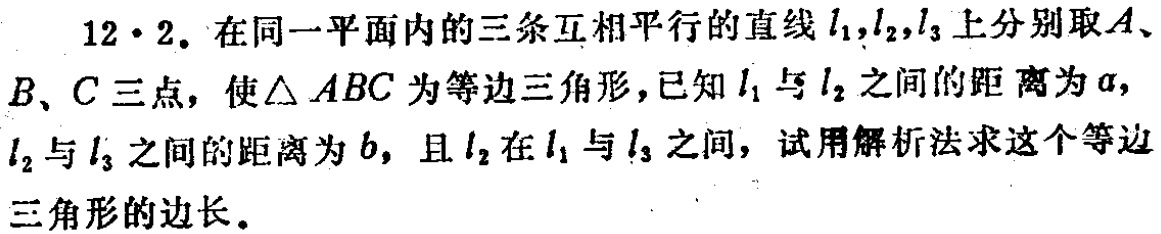
12·2. 在同一平面内的三条互相平行的直线\(l_1,l_2,l_3\)上分别取\(A\)、\(B\)、\(C\)三点，使\(\triangle ABC\)为等边三角形，已知\(l_1\)与\(l_2\)之间的距离为\(a\)，\(l_2\)与\(l_3\)之间的距离为\(b\)，且\(l_2\)在\(l_1\)与\(l_3\)之间，试用解析法求这个等边三角形的边长。